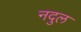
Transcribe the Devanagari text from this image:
नदुल